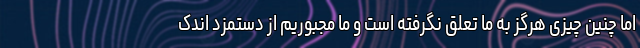
اما چنین چیزی هرگز به ما تعلق نگرفته است و ما مجبوریم از دستمزد اندک